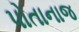
પોતાનાજ